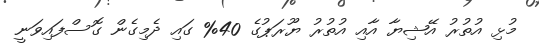
މުޅި އުތުރު އޭޝިޔާ އާއި އުތުރު ޔޫރަޕުގެ 40% ގައި ދެމިގެން ގޮސްފައިވަނީ